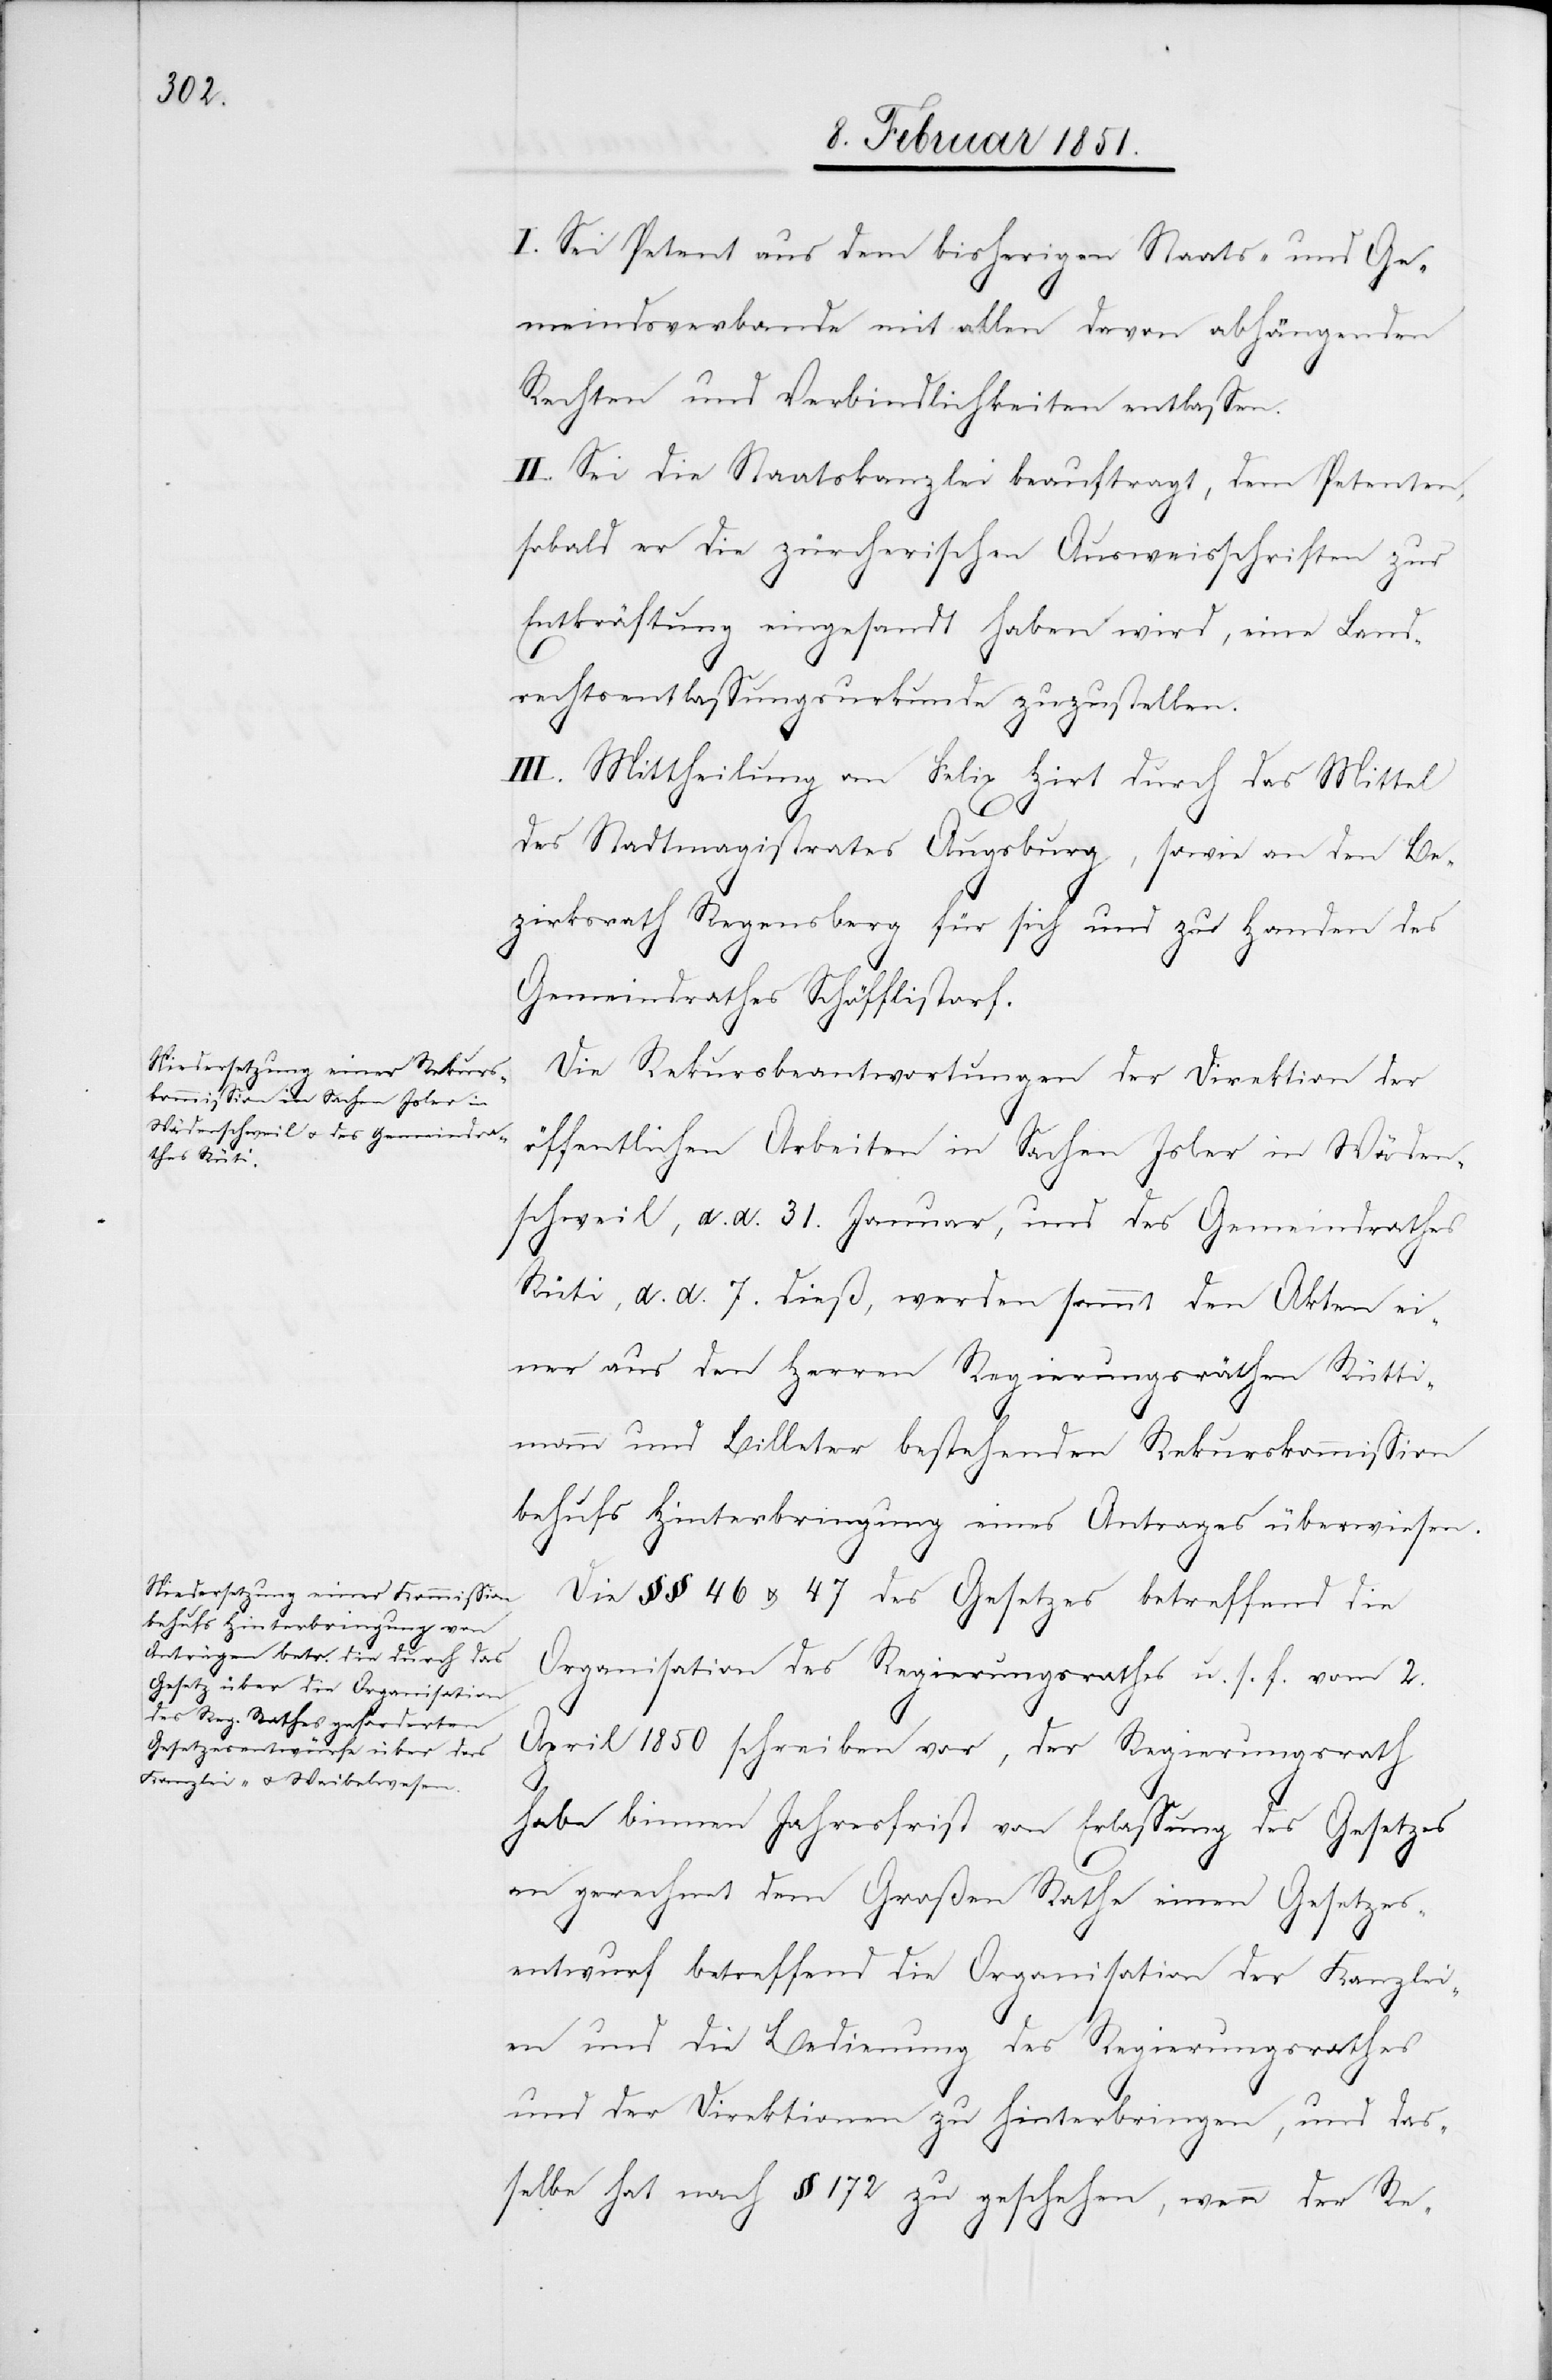
I. Sei Petent aus dem bisherigen Staats- und Ge¬
meindsverbande mit allen davon abhängenden
Rechten und Verbindlichkeiten entlassen.
II. Sei die Staatskanzlei beauftragt, dem Petenten,
sobald er die zürcherischen Ausweisschriften zur
Entkräftung eingesandt haben wird, eine Land¬
rechtsentlassungsurkunde zuzustellen.
III. Mittheilung an Felix Hirt durch das Mittel
des Stadtmagistrates Augsburg, sowie an den Be¬
zirksrath Regensberg für sich und zu Handen des
Gemeindrathes Schöfflistorf.
Die Rekursbeantwortungen der Direktion der
öffentlichen Arbeiten in Sachen Jsler in Wäden¬
schweil, d. d. 31. Januar, und des Gemeindrathes
Rüti, d. d. 7. dieß, werden sammt den Akten ei¬
ner aus den Herren Regierungsräthen Rütti¬
mann und Billeter bestehenden Rekurskommission
behufs Hinterbringung eines Antrages überwiesen.
Die §§ 46 u. 47 des Gesetzes betreffend die
Organisation des Regierungsrathes u. s. f. vom 2.
April 1850 schreiben vor, der Regierungsrath
habe binnen Jahresfrist von Erlassung des Gesetzes
an gerechnet dem Großen Rathe einen Gesetzes¬
entwurf betreffend die Organisation der Kanzlei¬
en und die Bedienung des Regierungsrathes
und der Direktionen zu hinterbringen, und das¬
selbe hat nach § 172 zu geschehen, wenn der Re-